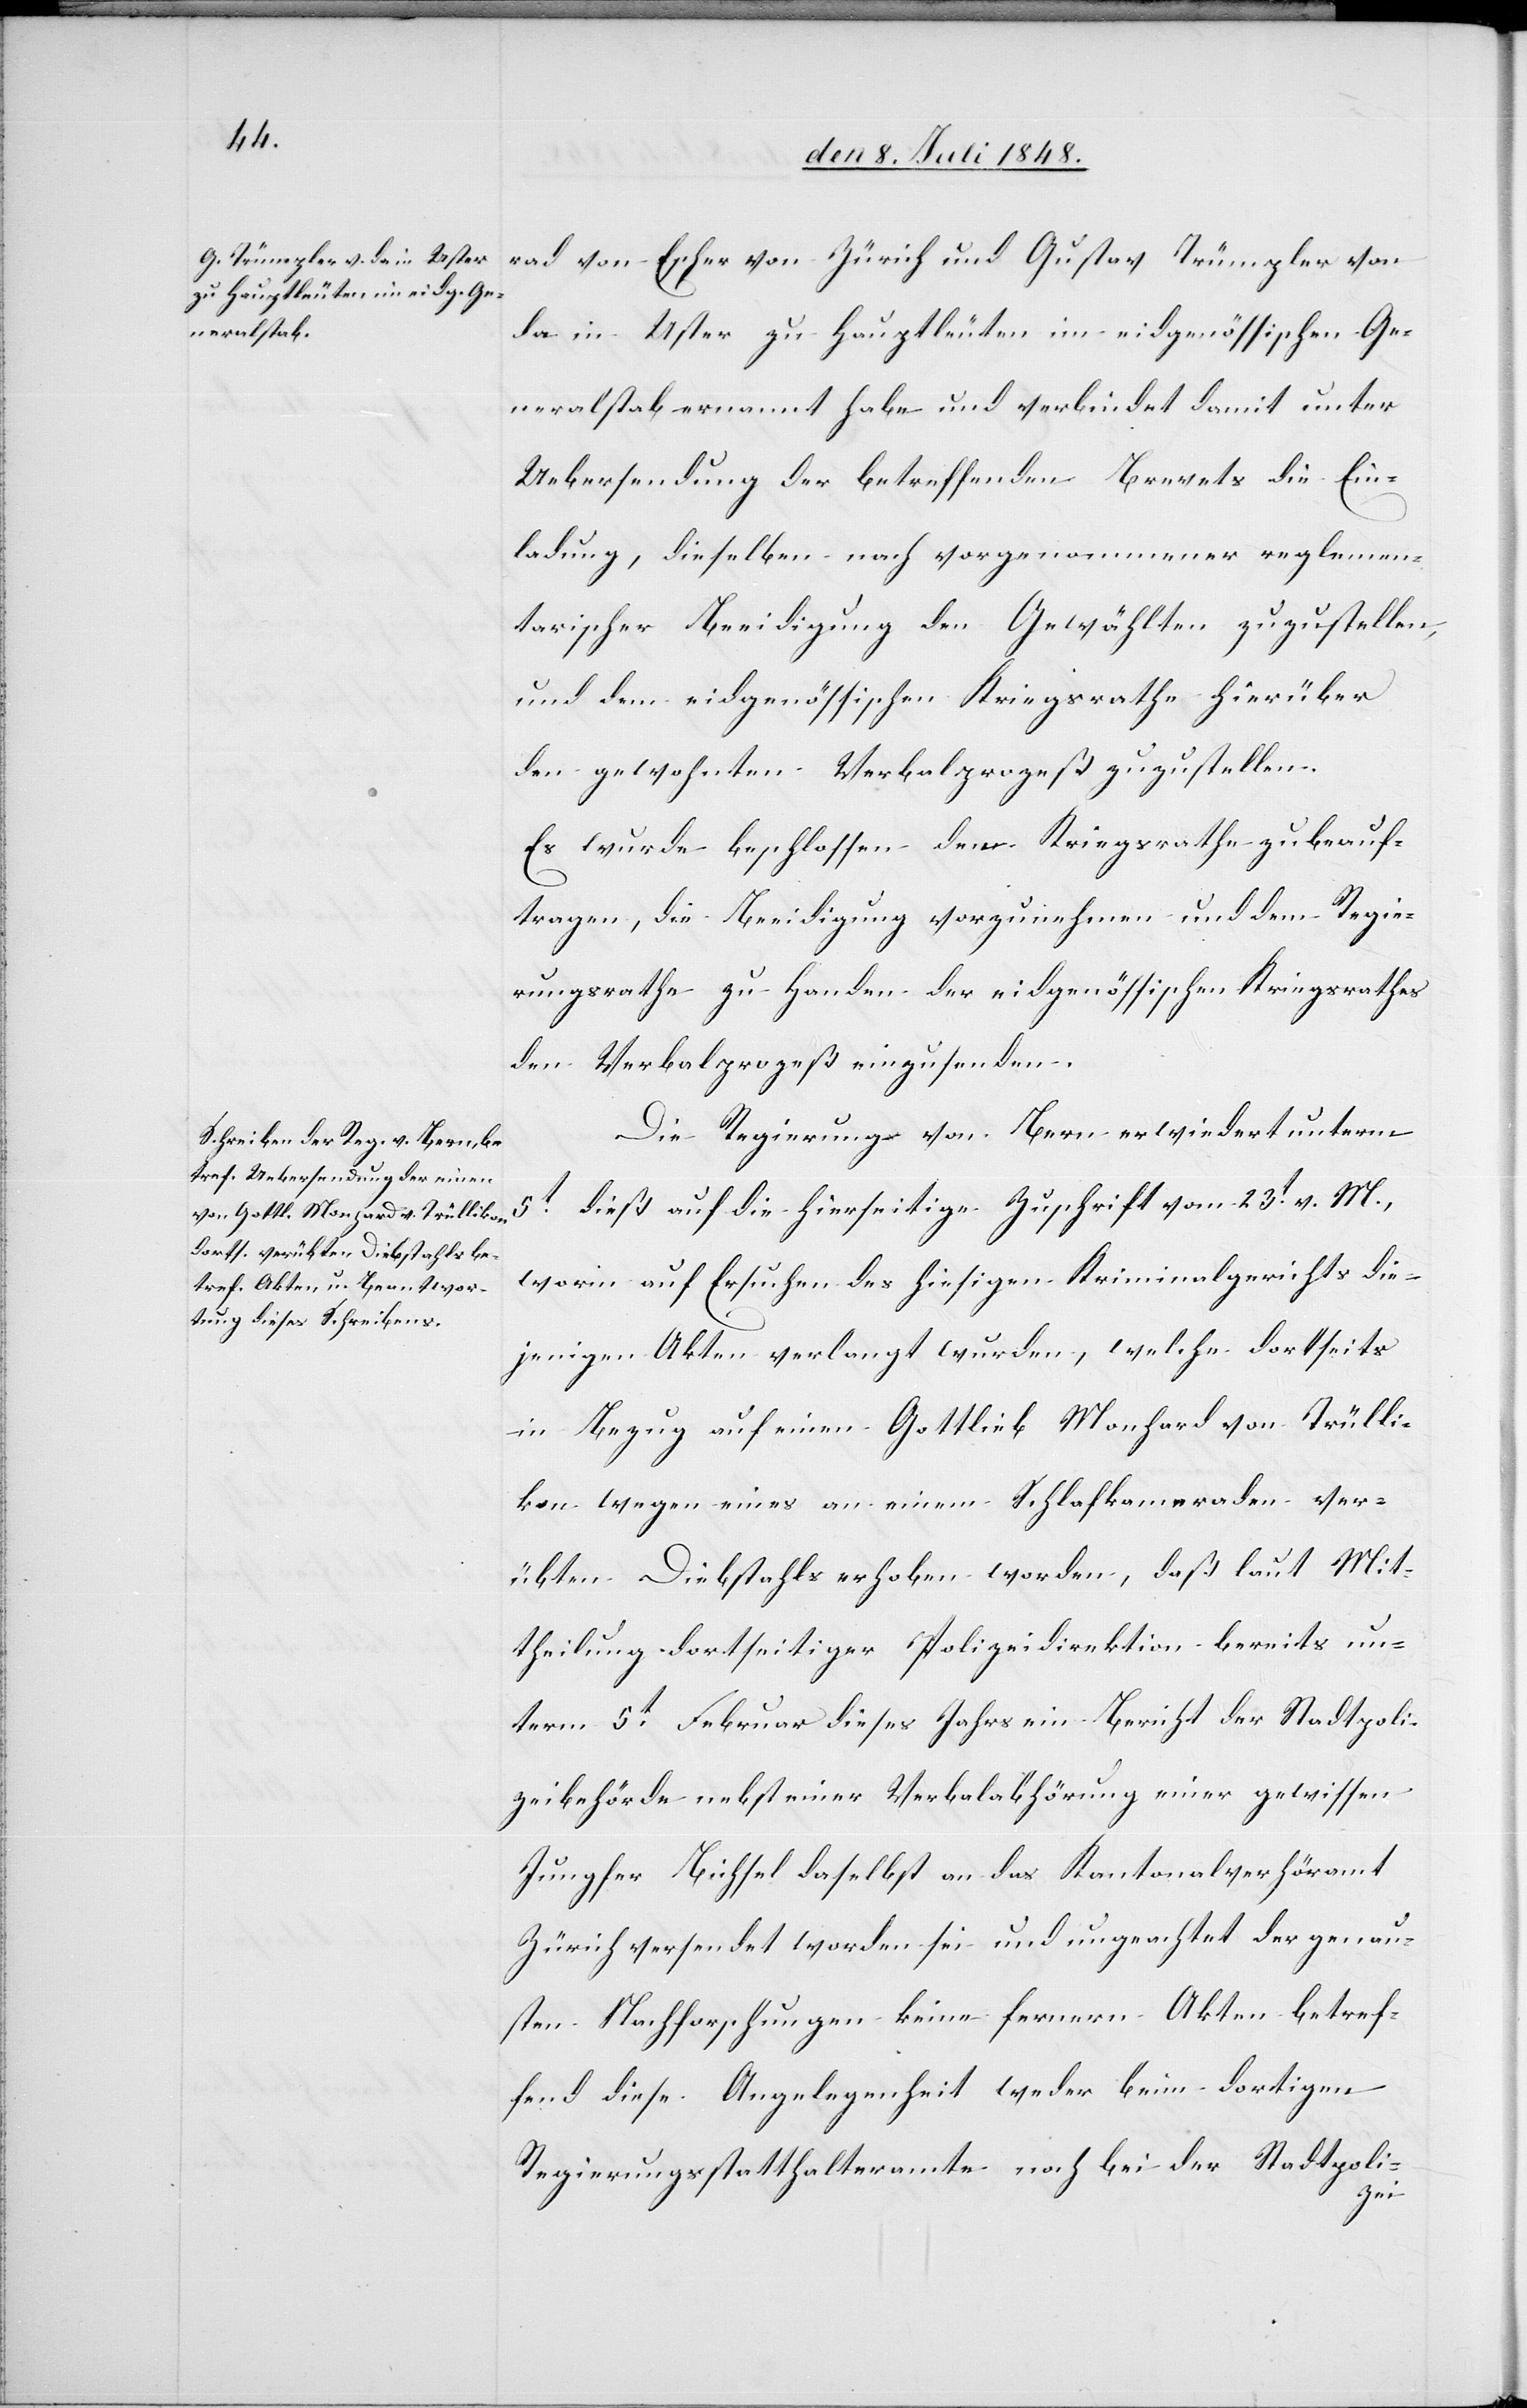
rad von Escher von Zürich und Gustav Trümpler von
da in Uster zu Hauptleuten im eidgenössischen Ge¬
neralstab ernannt habe und verbindet damit unter
Uebersendung der betreffenden Brevets die Ein¬
ladung, dieselben nach vorgenommener reglemen¬
tarischer Beeidigung den Gewählten zuzustellen,
und dem eidgenössischen Kriegsrathe hierüber
den gewöhnten Verbalprozeß zuzustellen.
Es wurde beschlossen den Kriegsrathe zu beauf¬
tragen, die Beeidigung vorzunehmen und dem Regie¬
rungsrathe zu Handen des eidgenössischen Kriegsrathes
den Verbalprozeß einzusenden.
Die Regierung von Bern erwiedert unterm
worin auf Ersuchen des hiesigen Kriminalgerichts die¬
jenigen Akten verlangt wurden, welche dortseits
in Bezug auf einen Gottlieb Monhard von Trülli¬
kon wegen einen an einem Schlafkameraden ver¬
übten Diebstahls erhoben worden, daß laut Mit¬
theilung dortseitiger Polizeidirektion bereits un¬
term 5t Februar dieses Jahres ein Bericht der Stadtpoli¬
zeibehörde nebst einer Verbalabhörung einer gewissen
Jungfer Bichsel daselbst an das Kantonalverhöramt
Zürich versendet worden sei und ungeachtet der genau¬
sten Nachforschungen keine fernern Akten betref¬
fend diese Angelegenheit weder beim dortigen
Regierungsstatthalteramte noch bei der Stadtpoli-